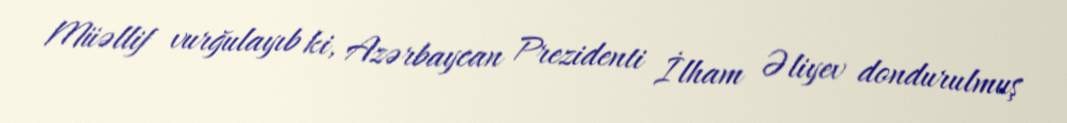
Müəllif vurğulayıb ki, Azərbaycan Prezidenti İlham Əliyev dondurulmuş